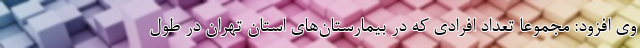
وی افزود: مجموعا تعداد افرادی که در بیمارستان‌های استان تهران در طول